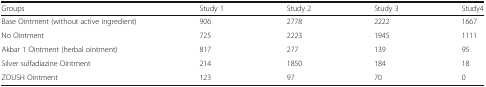
<table><thead><tr><td><b>Groups</b></td><td><b>Study 1</b></td><td><b>Study 2</b></td><td><b>Study 3</b></td><td><b>Study4</b></td></tr></thead><tbody><tr><td>Base Ointment (without active ingredient)</td><td>906</td><td>2778</td><td>2222</td><td>1667</td></tr><tr><td>No Ointment</td><td>725</td><td>2223</td><td>1945</td><td>1111</td></tr><tr><td>Akbar 1 Ointment (herbal ointment)</td><td>817</td><td>277</td><td>139</td><td>95</td></tr><tr><td>Silver sulfadiazine Ointment</td><td>214</td><td>1850</td><td>184</td><td>18</td></tr><tr><td>ZOUSH Ointment</td><td>123</td><td>97</td><td>70</td><td>0</td></tr></tbody></table>